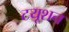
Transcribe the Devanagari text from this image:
टयूशन